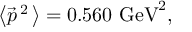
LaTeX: \left< \vec { p } ^ { \, 2 } \, \right> = 0 . 5 6 0 ~ \mathrm { G e V } ^ { 2 } ,